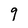
Character: 9